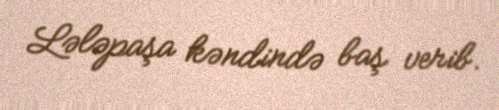
Lələpaşa kəndində baş verib.